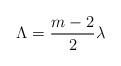
LaTeX: \begin{align*}\Lambda = \frac{m-2}{2} \lambda\end{align*}